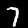
Label: 7